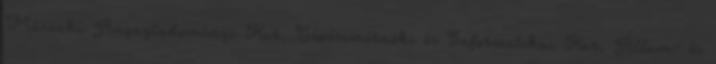
Mûszaki Anyagtudományi Kar, Gépészmérnöki és Informatikai Kar, Állam- és